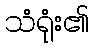
သံရုံး၏